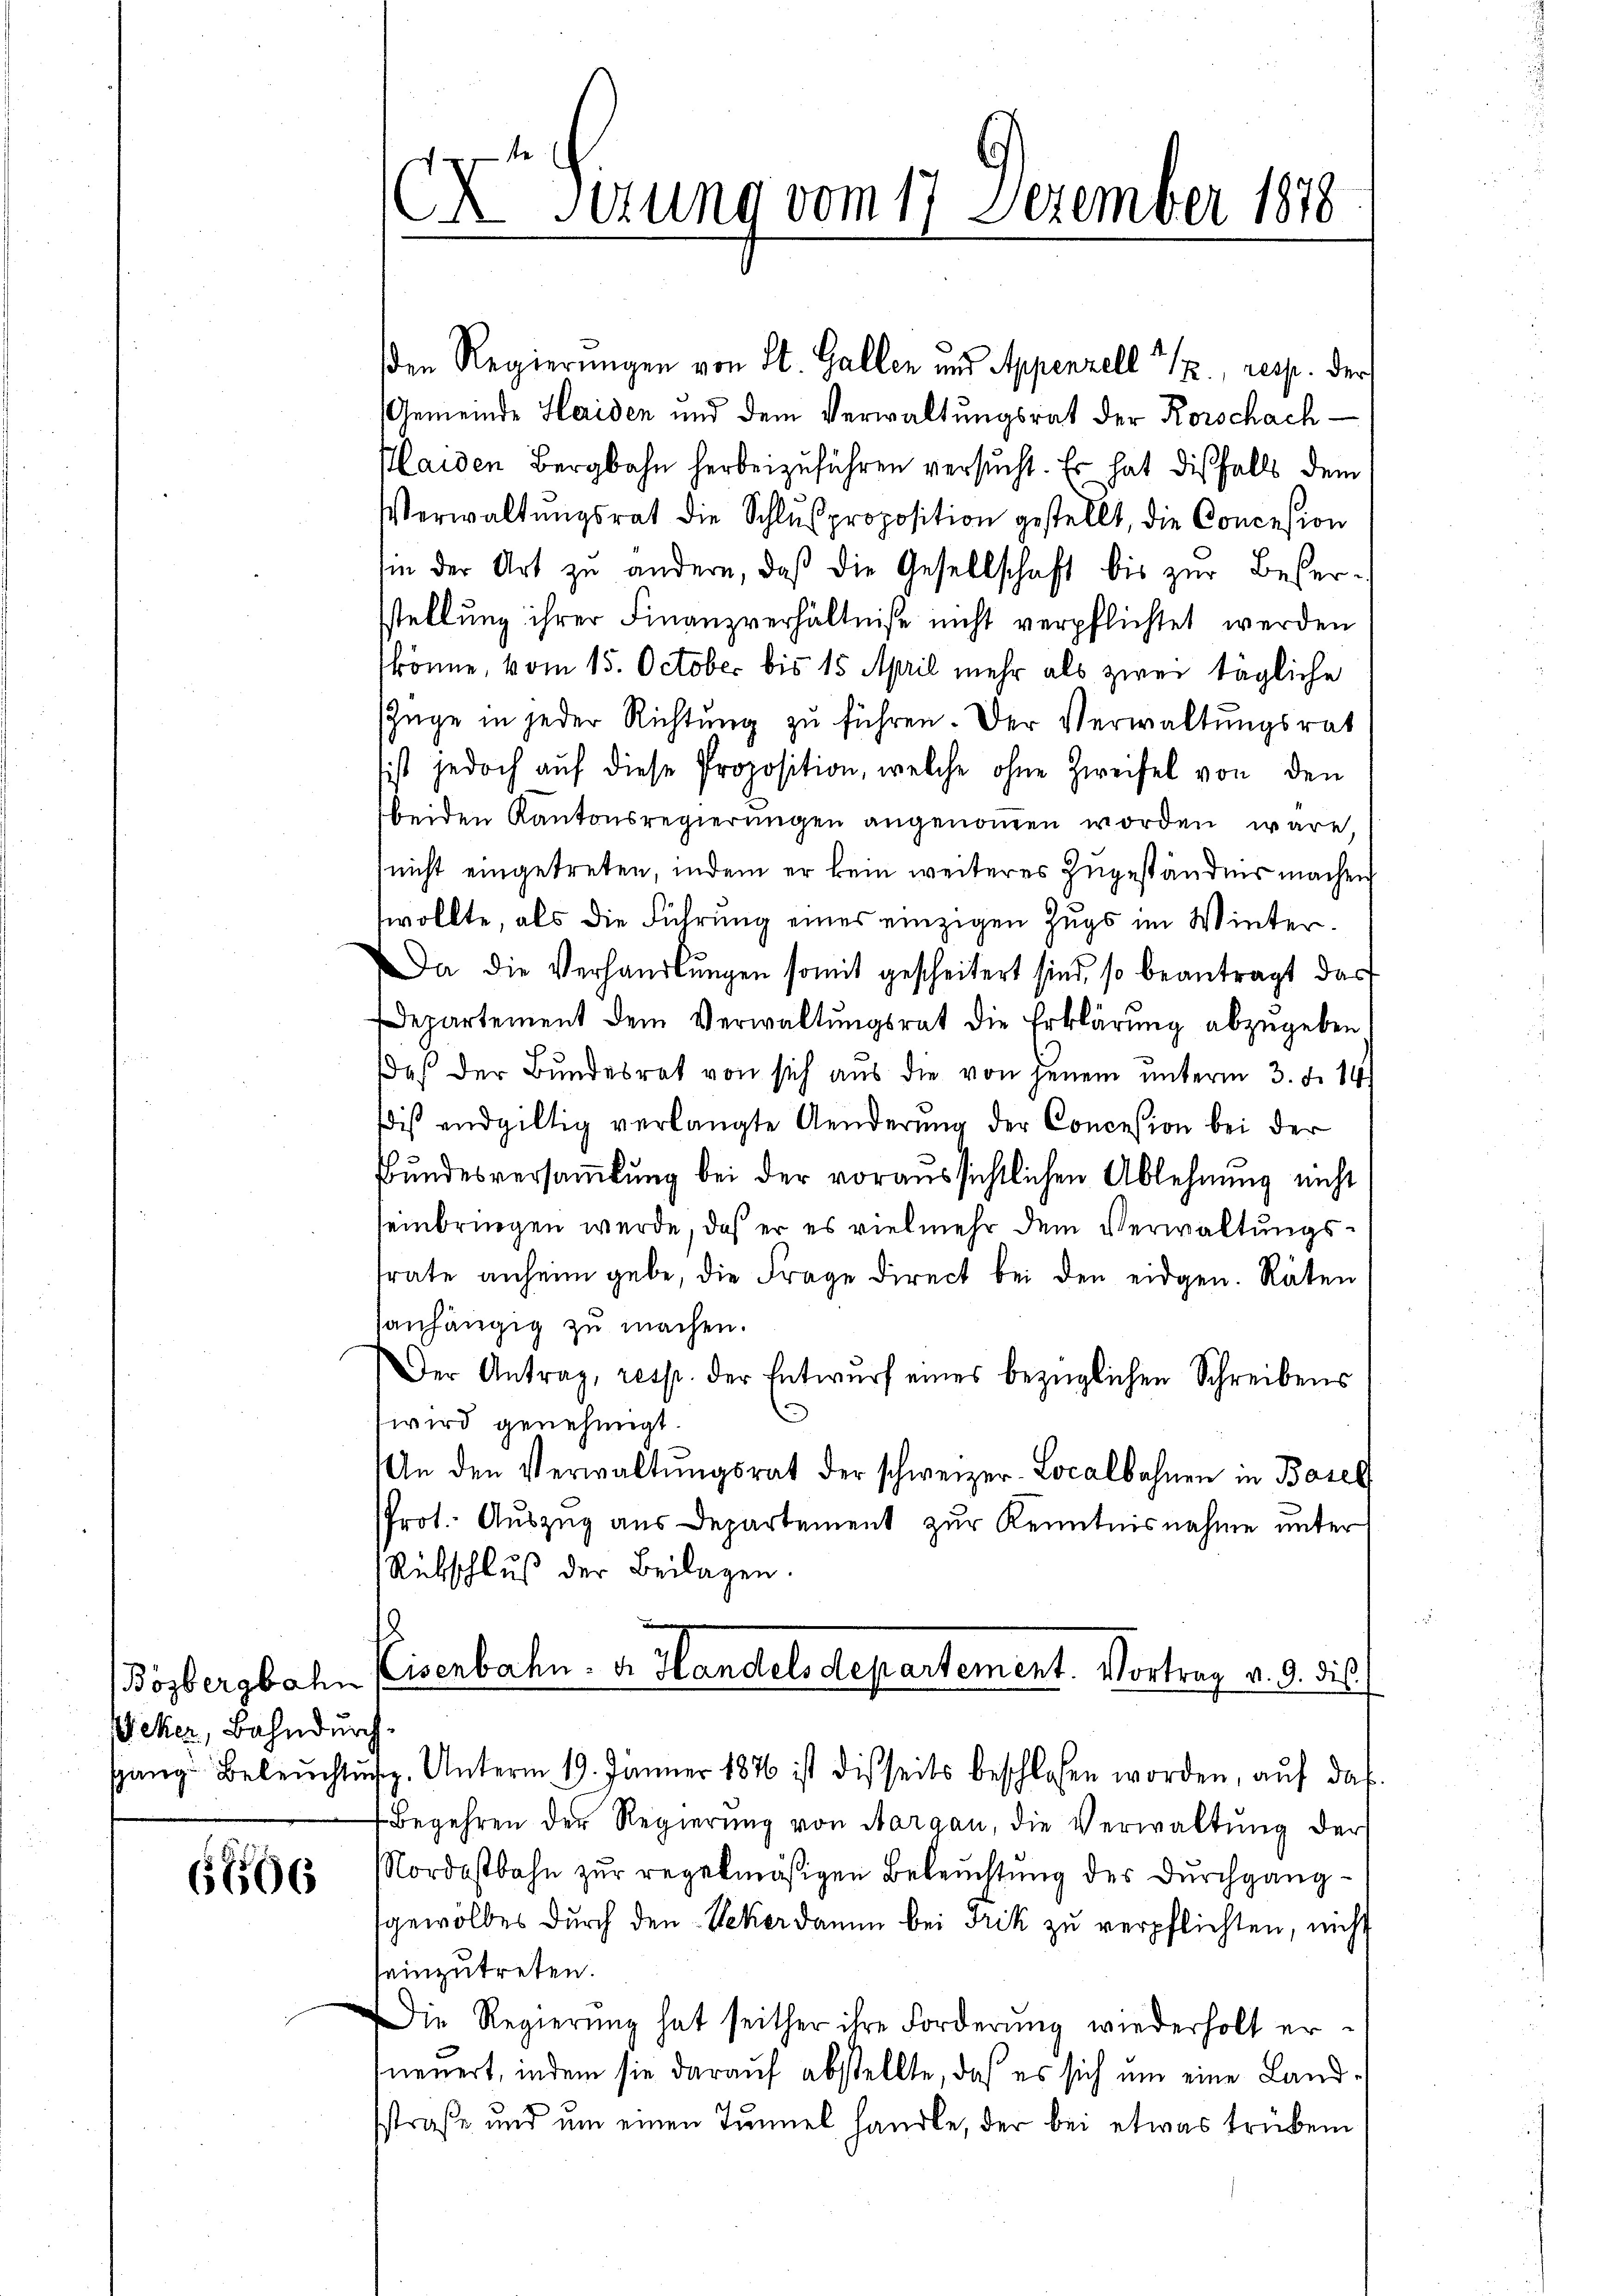
Bözbergbahn
Weker, Bahndurch

66506

Sirung vom 17. Dezember 1878

den Regierungen von St. Gallen und Appenzell " 1., resp. der
Gemeinde Heiden und dem Verwaltungsrat der Korschach¬
Plaiden Bergbahn herbeizuführen versucht. Er hat dißfalls dem
Verwaltŭngsrat die Schlußproposition gestellt, die Concesion
sin der Art zu andern, daβ die Gesellschaft bis zŭr Beser-
sstellung ihrer Finanzverhältniße nicht verpflichtet werden
könne, vom 15. October bis 15 April mehr als zwei tägliche
szüge in jeder Richtung zu führen. Der Verwaltungsrat
sist jedoch aŭf diese Proposition, welche ohne Zweifel von den
beiden Kantonsregierungen angenommen worden wäre,
nicht eingetreten, indem er kein weiteres Zugeständnis machen
wollte, als die Führung eines einzigen Zugs im Winter¬
Da die Verhandlŭngen somit gescheitert sind, so beantragt das
Departement dem Verwaltungsrat die Erklärung abzugeben
daß der Bundesrat von sich aus die von jenem unterm 3. d. 14
iß endgültig verlangte Aenderŭng der Concesion bei der
Bundesversammlung bei der voraussichtlichen Ablehnung nicht
seinbringen werde, daß er es vielmehr dem Verwaltungsfrate anheim gebe, die Frage direct bei den eidgen. Räten
tanhängig zu machen.
Der Antrag, resp. der Entwurf eines bezüglichen Schreibens
wird genehmigt.
An den Verwaltŭngsrat der schweizer-Localbahnen in Basel
PProt. Auszug aus Departement zur Kenntnisnahme unter
Rückschluß der Beilagen.
1
Eisenbahn. Dr. Handels departement. Vortrag v. 9. die
sgang Beleŭchtŭng. Unterm 19. Jänner 1876 ist dießseits beschlossen worden, auf das
Begehren der Regierŭng von Aargau, die Verwaltŭng der
Nordostbahn zur regelmäßigen Beleuchtung des Durchganggewölbes durch den Scherdamen bei Frik zu verpflichten, nicht
seinzutreten.
Die Regierŭng hat seither ihre Forderung wiederholt er-
neuert, indem sie darauf abstellte, daß es sich um eine Landsstraße und um einen Tunnel handle, der bei etwas trüben